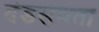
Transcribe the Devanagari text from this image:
दंडसमता